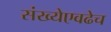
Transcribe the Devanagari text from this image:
संख्येएवढेच